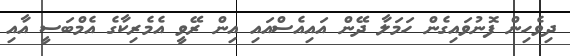
ދިވެހިން ފޮނުވައިގެން ހަމަލާ ދޭން އައިއެސްއައި އިން ރޭވީ އެމެރިކާގެ އެމްބަސީ އާއި